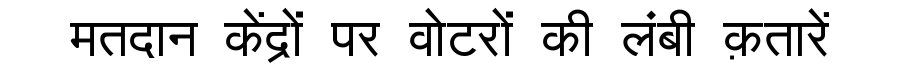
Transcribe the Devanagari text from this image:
मतदान केंद्रों पर वोटरों की लंबी क़तारें